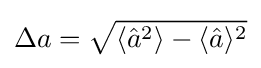
\Delta a={\sqrt {\langle {\hat {a}}^{2}\rangle -\langle {\hat {a}}\rangle ^{2}}}